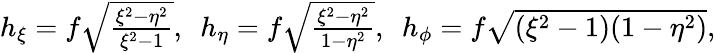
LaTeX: \begin{array}{r}{h_{\xi}=f\sqrt{\frac{\xi^{2}-\eta^{2}}{\xi^{2}-1}},~~h_{\eta}=f\sqrt{\frac{\xi^{2}-\eta^{2}}{1-\eta^{2}}},\ ~h_{\phi}=f\sqrt{(\xi^{2}-1)(1-\eta^{2})},}\end{array}